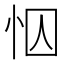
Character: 𢘄